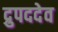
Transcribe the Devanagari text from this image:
द्रुपददेव